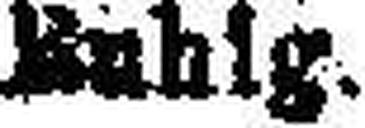
Ruhig.